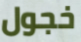
خجول